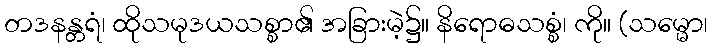
တဒနန္တရံ၊ ထိုသမုဒယသစ္စာ၏ အခြားမဲ့၌။ နိရောဓသစ္စံ၊ ကို။ (သမ္မော၊